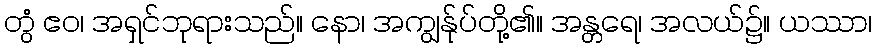
တွံ ဧဝ၊ အရှင်ဘုရားသည်။ နော၊ အကျွန်ုပ်တို့၏။ အန္တရေ၊ အလယ်၌။ ယဿာ၊